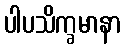
ပါပသိက္ခမာနာ